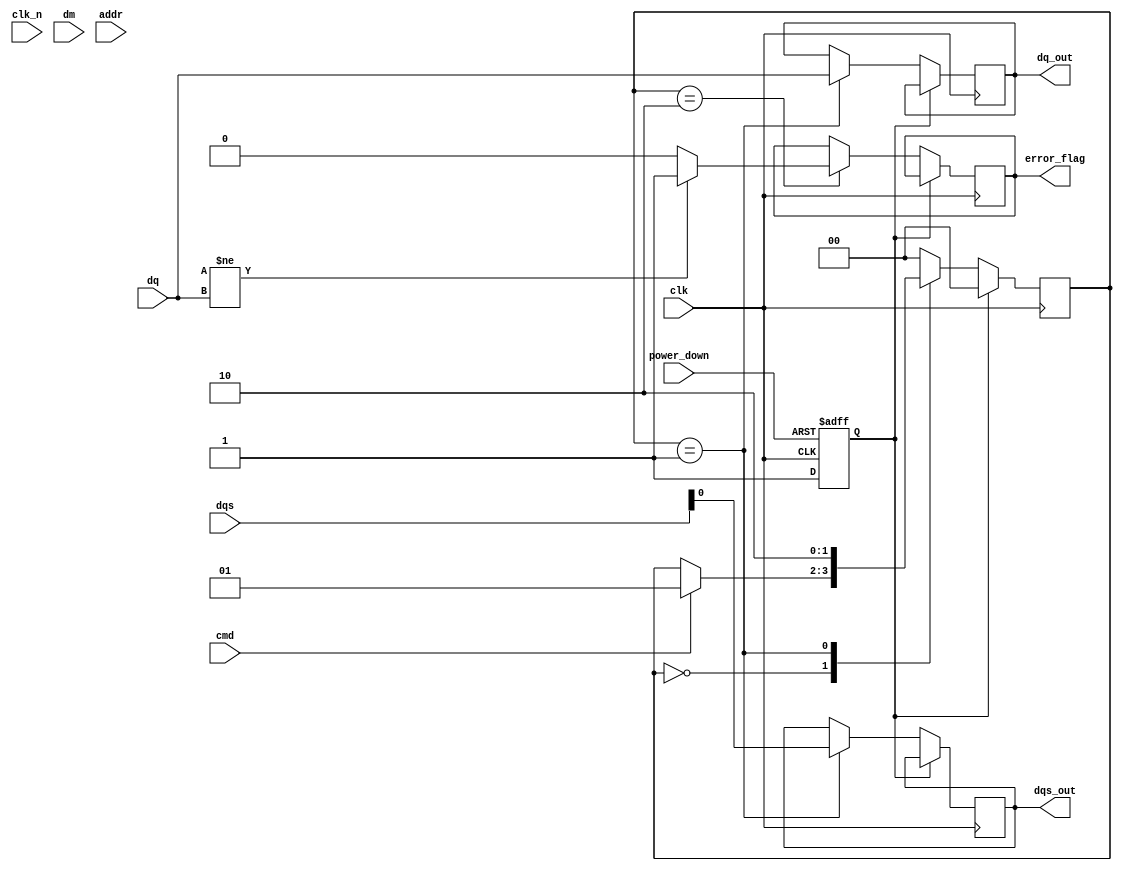
module gddr6x_io_block (
    input wire clk,          // Clock input
    input wire clk_n,       // Inverted clock input
    input wire [15:0] dq,   // Data input/output (DQs)
    input wire [1:0] dqs,   // Data strobe input (DQS)
    input wire [1:0] dm,    // Data mask input (DM)
    input wire cmd,         // Command input
    input wire addr,        // Address input
    input wire power_down,  // Power down signal
    output reg [15:0] dq_out,// Data output
    output reg dqs_out,     // Data strobe output
    output reg error_flag    // Error detection flag
);

    // Parameters
    parameter DATA_RATE = 21; // Gbps
    parameter HIGH_Z = 1'bz;   // High impedance state

    // Internal signals
    reg [15:0] dq_reg;         // Register for data
    reg dqs_reg;               // Register for DQS
    reg power_state;           // Power state of the block
    reg [1:0] state;           // State for control logic

    // Power Management
    always @(posedge clk or negedge power_down) begin
        if (!power_down) begin
            power_state <= 1'b0; // Active state
        end else begin
            power_state <= 1'b1; // Power down state
        end
    end

    // Timing and Control Logic (simplified state machine)
    always @(posedge clk) begin
        if (power_state) begin
            state <= 2'b00; // Idle state
        end else begin
            // Control logic for read/write operations
            case (state)
                2'b00: begin
                    // Idle state - wait for command
                    if (cmd) begin
                        state <= 2'b01; // Transition to write/read state
                    end
                end
                2'b01: begin
                    // Read/Write state
                    dq_out <= dq; // Simple example of outputting data
                    dqs_out <= dqs[0]; // Output DQS
                    state <= 2'b10; // Move to next state
                end
                2'b10: begin
                    // Error detection and correction logic
                    // This is a placeholder for actual error checking
                    if (dq_reg != dq) begin
                        error_flag <= 1'b1; // Set error flag if mismatch
                    end else begin
                        error_flag <= 1'b0; // Clear error flag
                    end
                    state <= 2'b00; // Go back to idle
                end
                default: state <= 2'b00; // Default to idle
            endcase
        end
    end

    // Initialization and Configuration logic
    initial begin
        dq_out = 16'b0;         // Initialize data output
        dqs_out = 1'b0;         // Initialize DQS output
        error_flag = 1'b0;      // Initialize error flag
        power_state = 1'b1;     // Start in power-down state
        state = 2'b00;          // Start in idle state
    end

endmodule